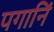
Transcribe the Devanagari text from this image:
पगानिं